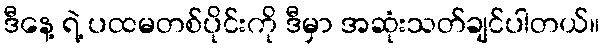
ဒီနေ့ ရဲ့ ပထမတစ်ပိုင်းကို ဒီမှာ အဆုံးသတ်ချင်ပါတယ်။